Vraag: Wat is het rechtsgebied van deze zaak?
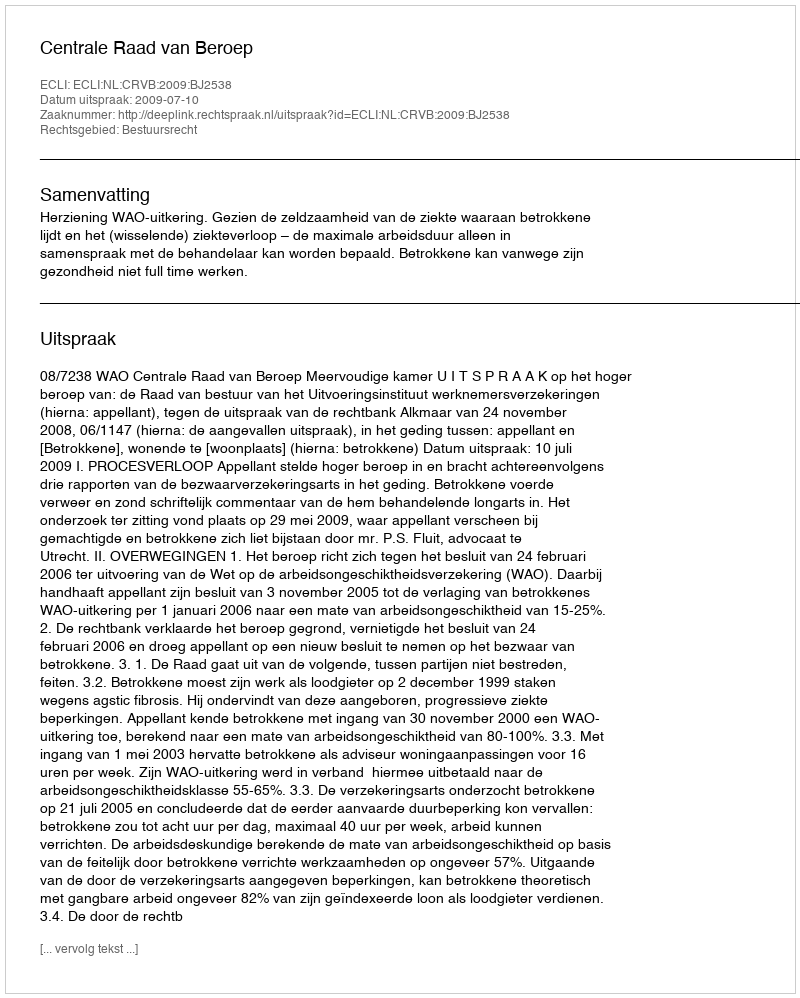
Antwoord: Bestuursrecht